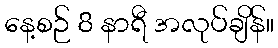
နေ့စဉ် 8 နာရီ အလုပ်ချိန်။